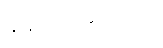
ချန်ထားခဲ့တာပါ။